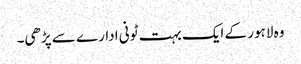
وہ لاہور کے ایک بہت ٹونی ادارے سے پڑھی۔